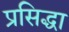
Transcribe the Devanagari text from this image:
प्रसिद्धा